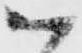
以